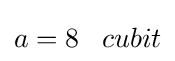
a=8\;\;\;cubit